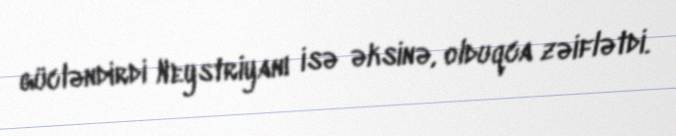
gücləndirdi Neystriyanı isə əksinə, olduqca zəiflətdi.